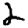
Digit: 2